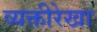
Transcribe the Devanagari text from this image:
व्यक्तीरेखा